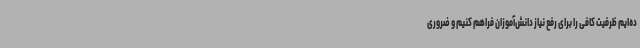
ده‌ایم ظرفیت کافی را برای رفع نیاز دانش‌آموزان فراهم کنیم و ضروری